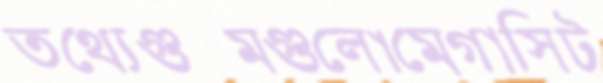
তথ্যেগুল্মগুলোমেগাসিট